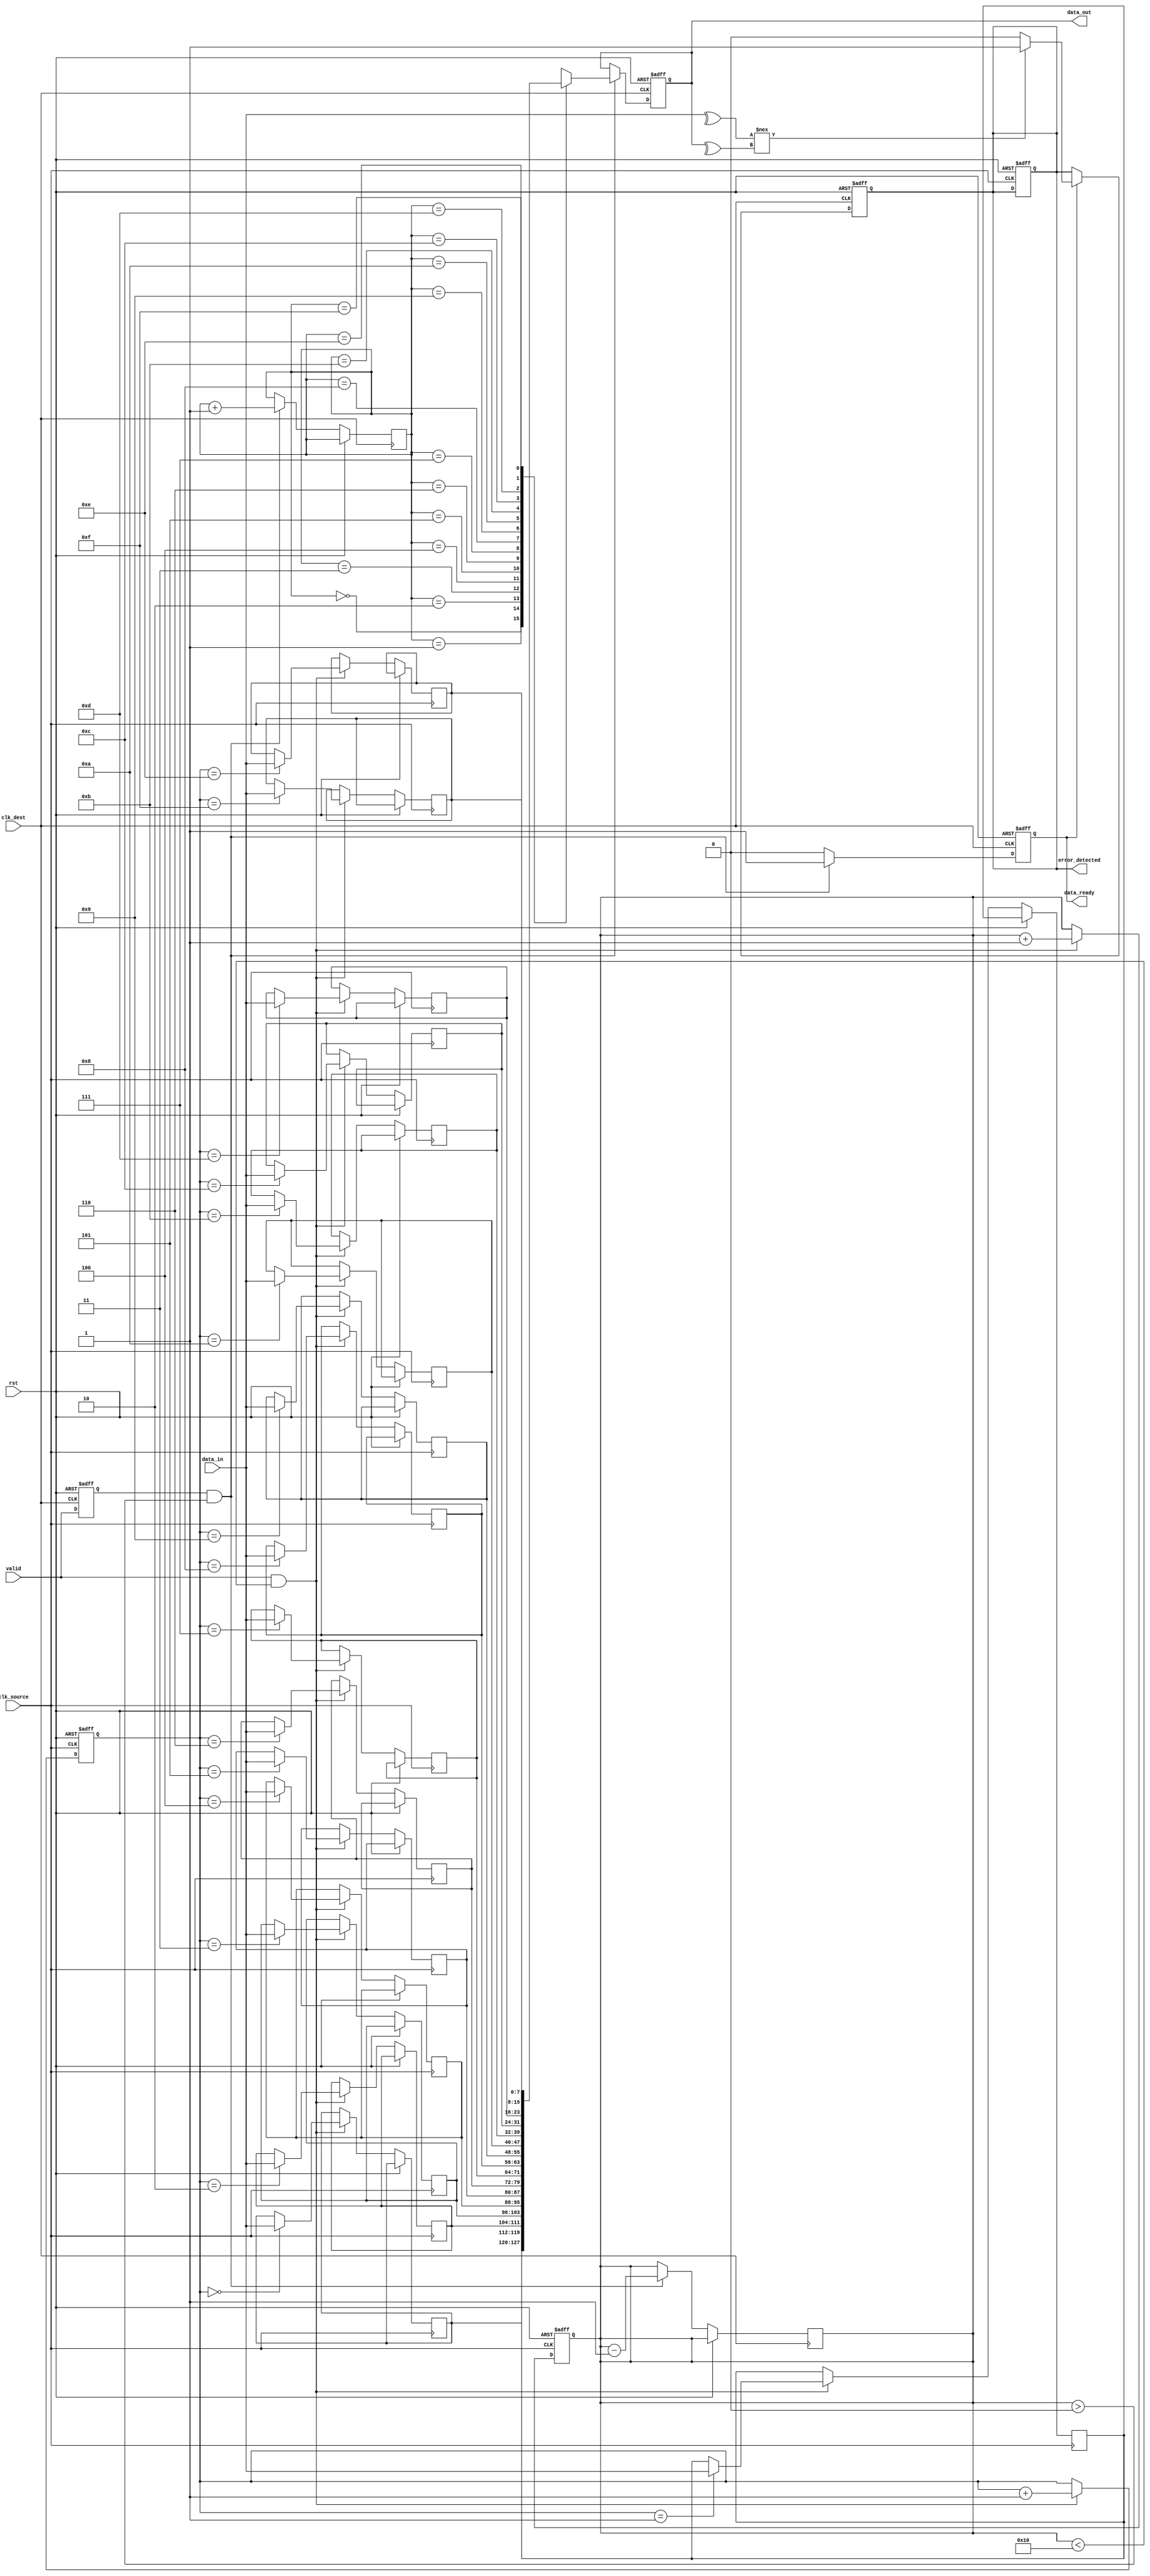
module cdc_memory_transfer (
    input wire clk_source,          // Source clock
    input wire clk_dest,            // Destination clock
    input wire rst,                 // Reset
    input wire [7:0] data_in,       // Data input from source
    input wire valid,               // Valid signal from source
    output reg data_ready,          // Data ready signal for destination
    output reg [7:0] data_out,      // Data output to destination
    output reg error_detected       // Error detection flag
);

    // FIFO parameters
    parameter FIFO_SIZE = 16;
    reg [7:0] fifo [0:FIFO_SIZE-1];
    reg [3:0] wr_ptr, rd_ptr, count;
    
    // Parity bit generation
    wire parity_bit;
    assign parity_bit = ^data_in; // Even parity bit

    // Write and read logic for FIFO
    always @(posedge clk_source or posedge rst) begin
        if (rst) begin
            wr_ptr <= 0;
            count <= 0;
            error_detected <= 0;
        end else if (valid && (count < FIFO_SIZE)) begin
            fifo[wr_ptr] <= data_in;
            wr_ptr <= wr_ptr + 1;
            count <= count + 1;
        end
    end

    // Handshaking logic
    reg valid_sync, ready_sync;
    
    // Synchronize valid signal to destination clock domain
    always @(posedge clk_dest or posedge rst) begin
        if (rst)
            valid_sync <= 0;
        else
            valid_sync <= valid;
    end

    // Control sending data to destination
    always @(posedge clk_dest or posedge rst) begin
        if (rst) begin
            data_out <= 0;
            data_ready <= 0;
        end else if (valid_sync && (count > 0)) begin
            data_out <= fifo[rd_ptr];
            data_ready <= 1;
            rd_ptr <= rd_ptr + 1;
            count <= count - 1;
        end else begin
            data_ready <= 0;
        end
    end

    // Error checking logic (parity check)
    always @(posedge clk_dest or posedge rst) begin
        if (rst) begin
            error_detected <= 0;
        end else if (data_ready) begin
            // Check parity for received data
            if (parity_bit !== ^data_out) begin
                error_detected <= 1; // Error detected
            end else begin
                error_detected <= 0; // No error
            end
        end
    end
endmodule